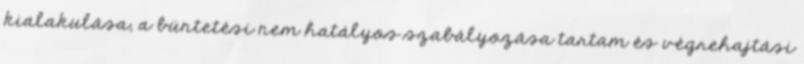
kialakulása; a büntetési nem hatályos szabályozása tartam és végrehajtási